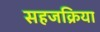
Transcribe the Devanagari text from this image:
सहजक्रिया